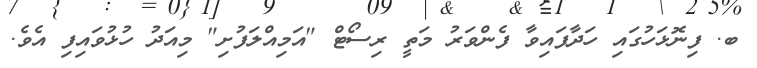
ބ. ފިނޮޅަހުގައި ހަދާފައިވާ ފެންވަރު މަތީ ރިސޯޓް "އަމިއްލަފުށި" މިއަދު ހުޅުވައިފި އެވެ.